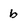
Character: b